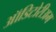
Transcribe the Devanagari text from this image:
ऑडिटोरीअम